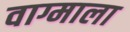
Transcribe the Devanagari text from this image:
वाग्माला